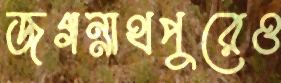
জগন্নাথপুরেও